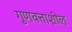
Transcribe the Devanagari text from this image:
गुणवत्ताशील